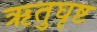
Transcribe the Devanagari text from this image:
ऋतुघृष्ट